Annual report of the Imperial Bacteriologist
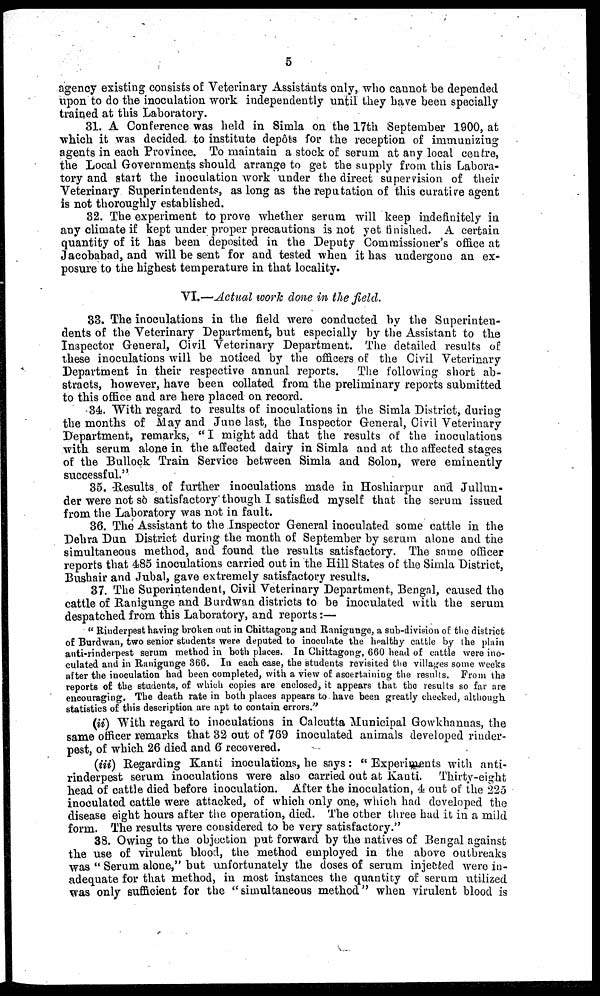
5
agency existing consists of Veterinary Assistants only, who cannot be depended
upon to do the inoculation work independently until they have been specially
trained at this Laboratory.
31. A Conference was held in Simla on the 17th September 1900, at
which it was decided to institute depôts for the reception of immunizing
agents in each Province. To maintain a stock of serum at any local centre,
the Local Governments should arrange to get the supply from this Labora-
tory and start the inoculation work under the direct supervision of their
Veterinary Superintendents, as long as the reputation of this curative agent
is not thoroughly established.
32. The experiment to prove whether serum will keep indefinitely in
any climate if kept under proper precautions is not yet finished. A certain
quantity of it has been deposited in the Deputy Commissioner's office at
Jacobabad, and will be sent for and tested when it has undergone an ex-
posure to the highest temperature in that locality.
VI.—Actual work done in the field.
33. The inoculations in the field were conducted by the Superinten-
dents of the Veterinary Department, but especially by the Assistant to the
Inspector General, Civil Veterinary Department. The detailed results of
these inoculations will be noticed by the officers of the Civil Veterinary
Department in their respective annual reports. The following short ab-
stracts, however, have been collated from the preliminary reports submitted
to this office and are here placed on record.
34. With regard to results of inoculations in the Simla District, during
the months of May and June last, the Inspector General, Civil Veterinary
Department, remarks, " I might add that the results of the inoculations
with serum alone in the affected dairy in Simla and at the affected stages
of the Bullock Train Service between Simla and Solon, were eminently
successful."
35. Results of further inoculations made in Hoshiarpur and Jullun-
der were not so satisfactory though I satisfied myself that the serum issued
from the Laboratory was not in fault.
36. The Assistant to the Inspector General inoculated some cattle in the
Dehra Dun District during the month of September by serum alone and the
simultaneous method, and found the results satisfactory. The same officer
reports that 485 inoculations carried out in the Hill States of the Simla District,
Bushair and Jubal, gave extremely satisfactory results.
37. The Superintendent, Civil Veterinary Department, Bengal, caused the
cattle of Ranigunge and Burdwan districts to be inoculated with the serum
despatched from this Laboratory, and reports :—
"Rinderpest having broken out in Chittagong and Ranigunge, a sub-division of the district
of Burdwan, two senior students were deputed to inoculate the healthy cattle by the plain
anti-rinderpest serum method in both places. In Chittagong, 660 head of cattle were ino-
culated and in Ranigunge 366. In each case, the students revisited the villages some weeks
after the inoculation had been completed, with a view of ascertaining the results. From the
reports of the students, of which copies are enclosed, it appears that the results so far are
encouraging. The death rate in both places appears to have been greatly checked, although
statistics of this description are apt to contain errors."
(ii) With regard to inoculations in Calcutta Municipal Gowkhannas, the
same officer remarks that 32 out of 769 inoculated animals developed rinder-
pest, of which 26 died and 6 recovered.
(iii) Regarding Kanti inoculations, he says: " Experiments with anti-
rinderpest serum inoculations were also carried out at Kanti. Thirty-eight
head of cattle died before inoculation. After the inoculation, 4 out of the 225
inoculated cattle were attacked, of which only one, which had developed the
disease eight hours after the operation, died. The other three had it in a mild
form. The results were considered to be very satisfactory."
38. Owing to the objection put forward by the natives of Bengal against
the use of virulent blood, the method employed in the above outbreaks
was " Serum alone," but unfortunately the doses of serum injected were in-
adequate for that method, in most instances the quantity of serum utilized
was only sufficient for the "simultaneous method" when virulent blood is